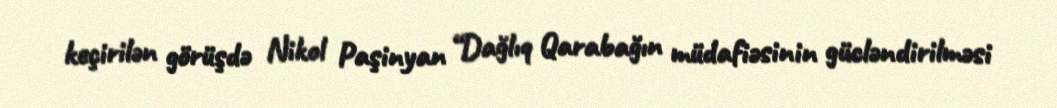
keçirilən görüşdə Nikol Paşinyan “Dağlıq Qarabağın müdafiəsinin gücləndirilməsi